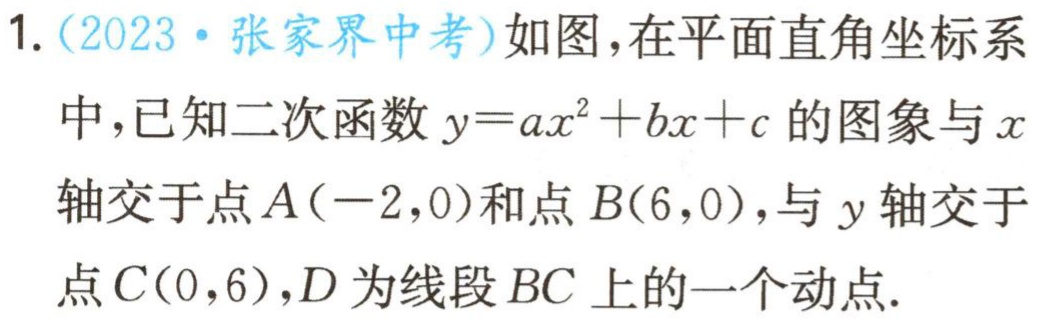
1.（2023·张家界中考）如图，在平面直角坐标系
中，已知二次函数\(y = ax^{2}+bx + c\)的图象与\(x\)
轴交于点\(A(-2,0)\)和点\(B(6,0)\)，与\(y\)轴交于
点\(C(0,6)\)，\(D\)为线段\(BC\)上的一个动点.